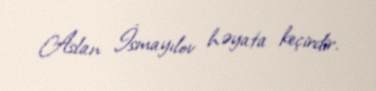
Aslan İsmayılov həyata keçirdir.